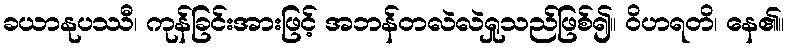
ခယာနုပဿီ၊ ကုန်ခြင်းအားဖြင့် အဘန်တလဲလဲရှုသည်ဖြစ်၍။ ဝိဟရတိ၊ နေ၏။